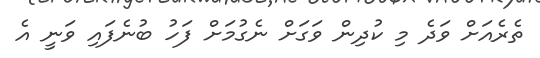
ތެރެއަށް ވަދެ މި ކުދިން ވަގަށް ނެގުމަށް ފަހު ބުނެފައި ވަނީ އެ